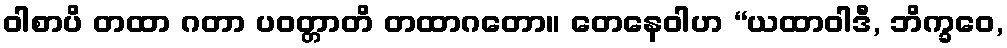
ဝါစာပိ တထာ ဂတာ ပဝတ္တာတိ တထာဂတော။ တေနေဝါဟ “ယထာဝါဒီ, ဘိက္ခဝေ,